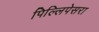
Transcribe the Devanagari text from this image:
पिल्लिपेसरा